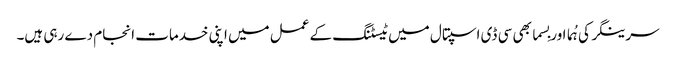
سرینگر کی ہُما اور بِسما بھی سی ڈی اسپتال میں ٹیسٹنگ کے عمل میں اپنی خدمات انجام دے رہی ہیں۔